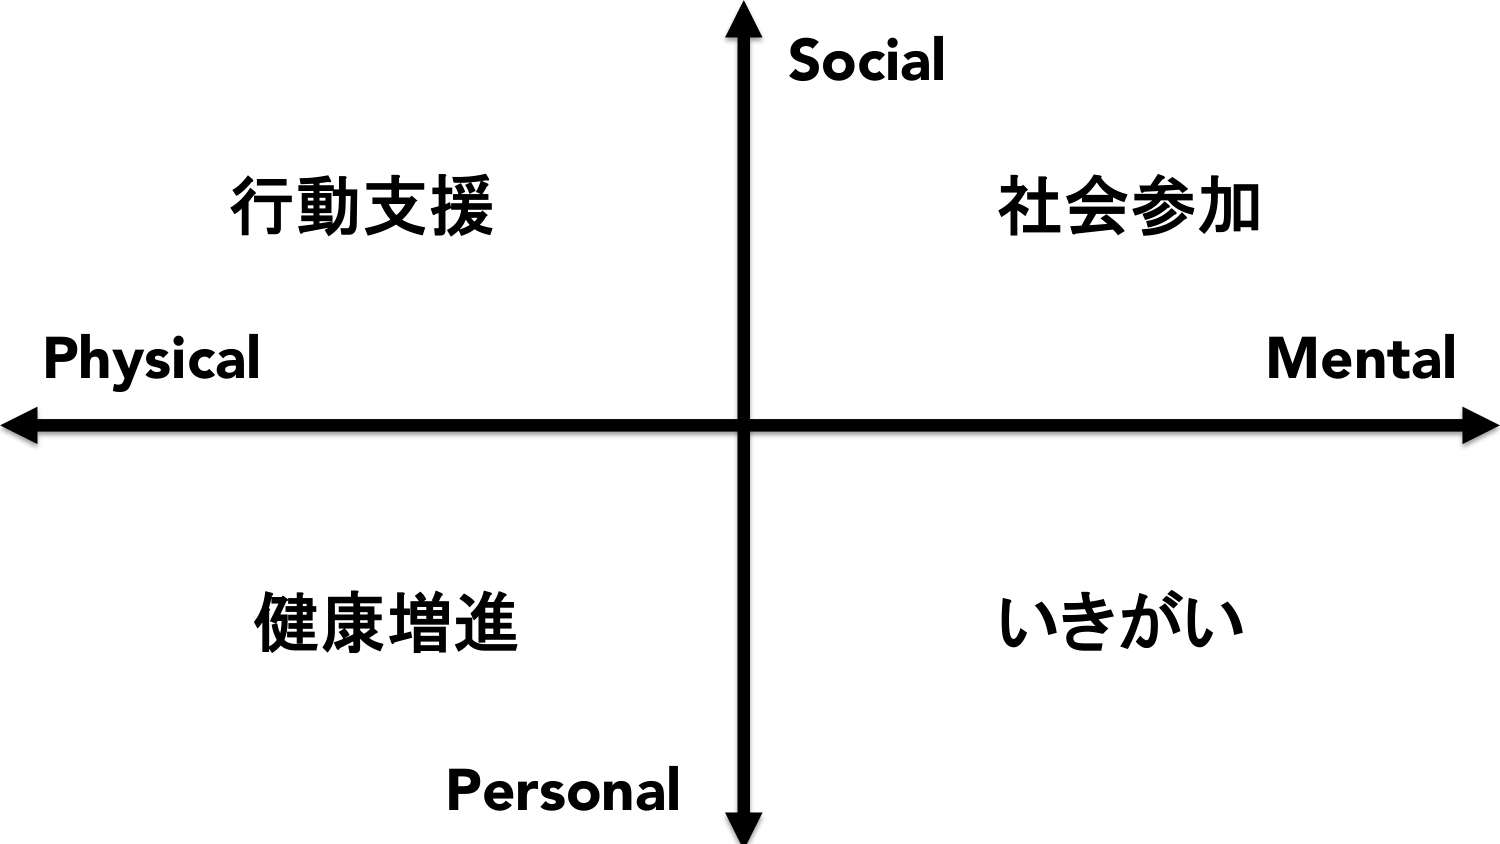
Social
行動支援
社会参加
Physical
Mental
健康増進
いきがい
Personal